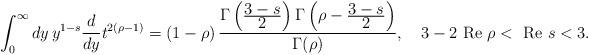
LaTeX: \begin{align*}\int_0^{\infty}dy \,y^{1-s}\frac{d}{dy}t^{2(\rho-1)}=(1-\rho)\,\frac{\Gamma\left(\frac{\displaystyle 3-s}{\displaystyle 2}\right)\Gamma\left(\rho-\frac{\displaystyle 3-s}{\displaystyle 2}\right)}{\Gamma(\rho)},\quad 3-2\mbox{ Re }\rho<\mbox{ Re }s<3.\end{align*}